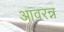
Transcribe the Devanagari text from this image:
आवरन्न